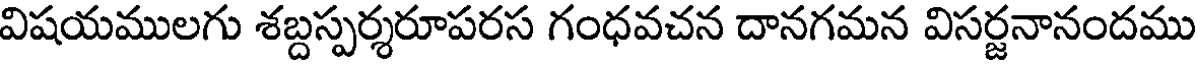
విషయములగు శబ్దస్పర్శరూపరస గంధవచన దానగమన విసర్జనానందము